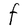
Character: F